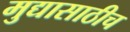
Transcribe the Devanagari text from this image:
मुद्यासाठीच